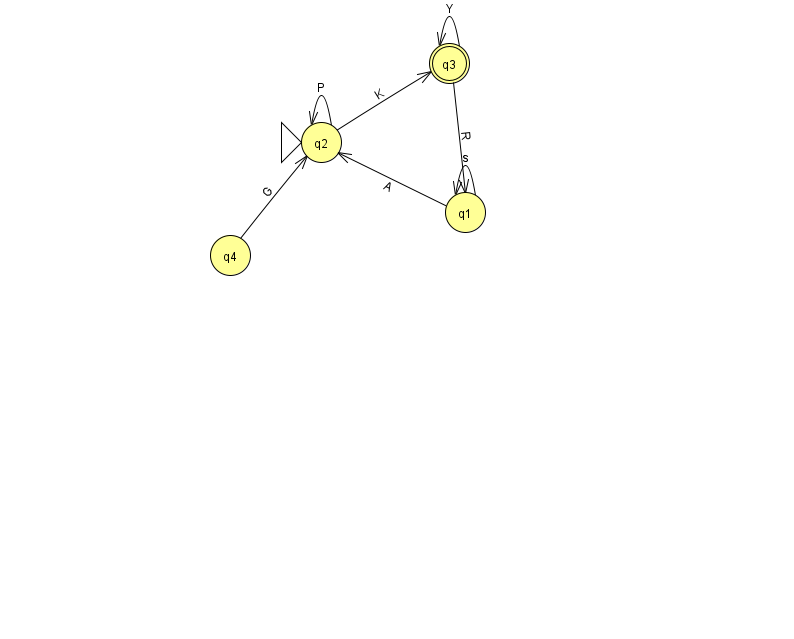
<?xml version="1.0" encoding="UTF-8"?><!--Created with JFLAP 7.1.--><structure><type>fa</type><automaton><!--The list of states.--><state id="1" name="q1"><x>465.0</x><y>199.0</y></state><state id="2" name="q2"><x>321.0</x><y>129.0</y><initial/></state><state id="3" name="q3"><x>449.0</x><y>50.0</y><final/></state><state id="4" name="q4"><x>230.0</x><y>242.0</y></state><!--The list of transitions.--><transition><from>2</from><to>2</to><read>P</read></transition><transition><from>2</from><to>3</to><read>K</read></transition><transition><from>4</from><to>2</to><read>G</read></transition><transition><from>1</from><to>2</to><read>A</read></transition><transition><from>1</from><to>1</to><read>s</read></transition><transition><from>3</from><to>3</to><read>Y</read></transition><transition><from>3</from><to>1</to><read>R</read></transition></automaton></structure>